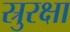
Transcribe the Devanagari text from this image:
स्रुरक्षा